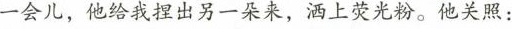
一会儿，他我出另一朵来，满上荧光粉。他关照；